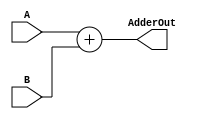
`timescale 1ns / 1ps
//Iain Donnelly , Josue Ortiz
// Effort 50-50
//////////////////////////////////////////////////////////////////////////////////
// Company: 
// Engineer: 
// 
// Design Name: 
// Module Name: Adder
// Project Name: 
// Target Devices: 
// Tool Versions: 
// Description: 
// 
// Dependencies: 
// 
// Revision:
// Revision 0.01 - File Created
// Additional Comments:
// 
//////////////////////////////////////////////////////////////////////////////////


module Adder(A,B,AdderOut);
    input [31:0] A;
    input [31:0] B;
   output reg [31:0] AdderOut;
   
   always@(*) begin
    AdderOut <= A + B;
   end

endmodule